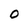
Character: O